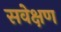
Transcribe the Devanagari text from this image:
सवेक्षण